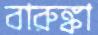
বারুঙ্কা